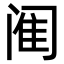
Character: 𫔴